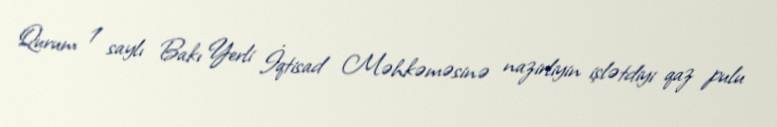
Qurum 1 saylı Bakı Yerli İqtisad Məhkəməsinə nazirliyin işlətdiyi qaz pulu